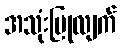
အသုံးပြုလျက်